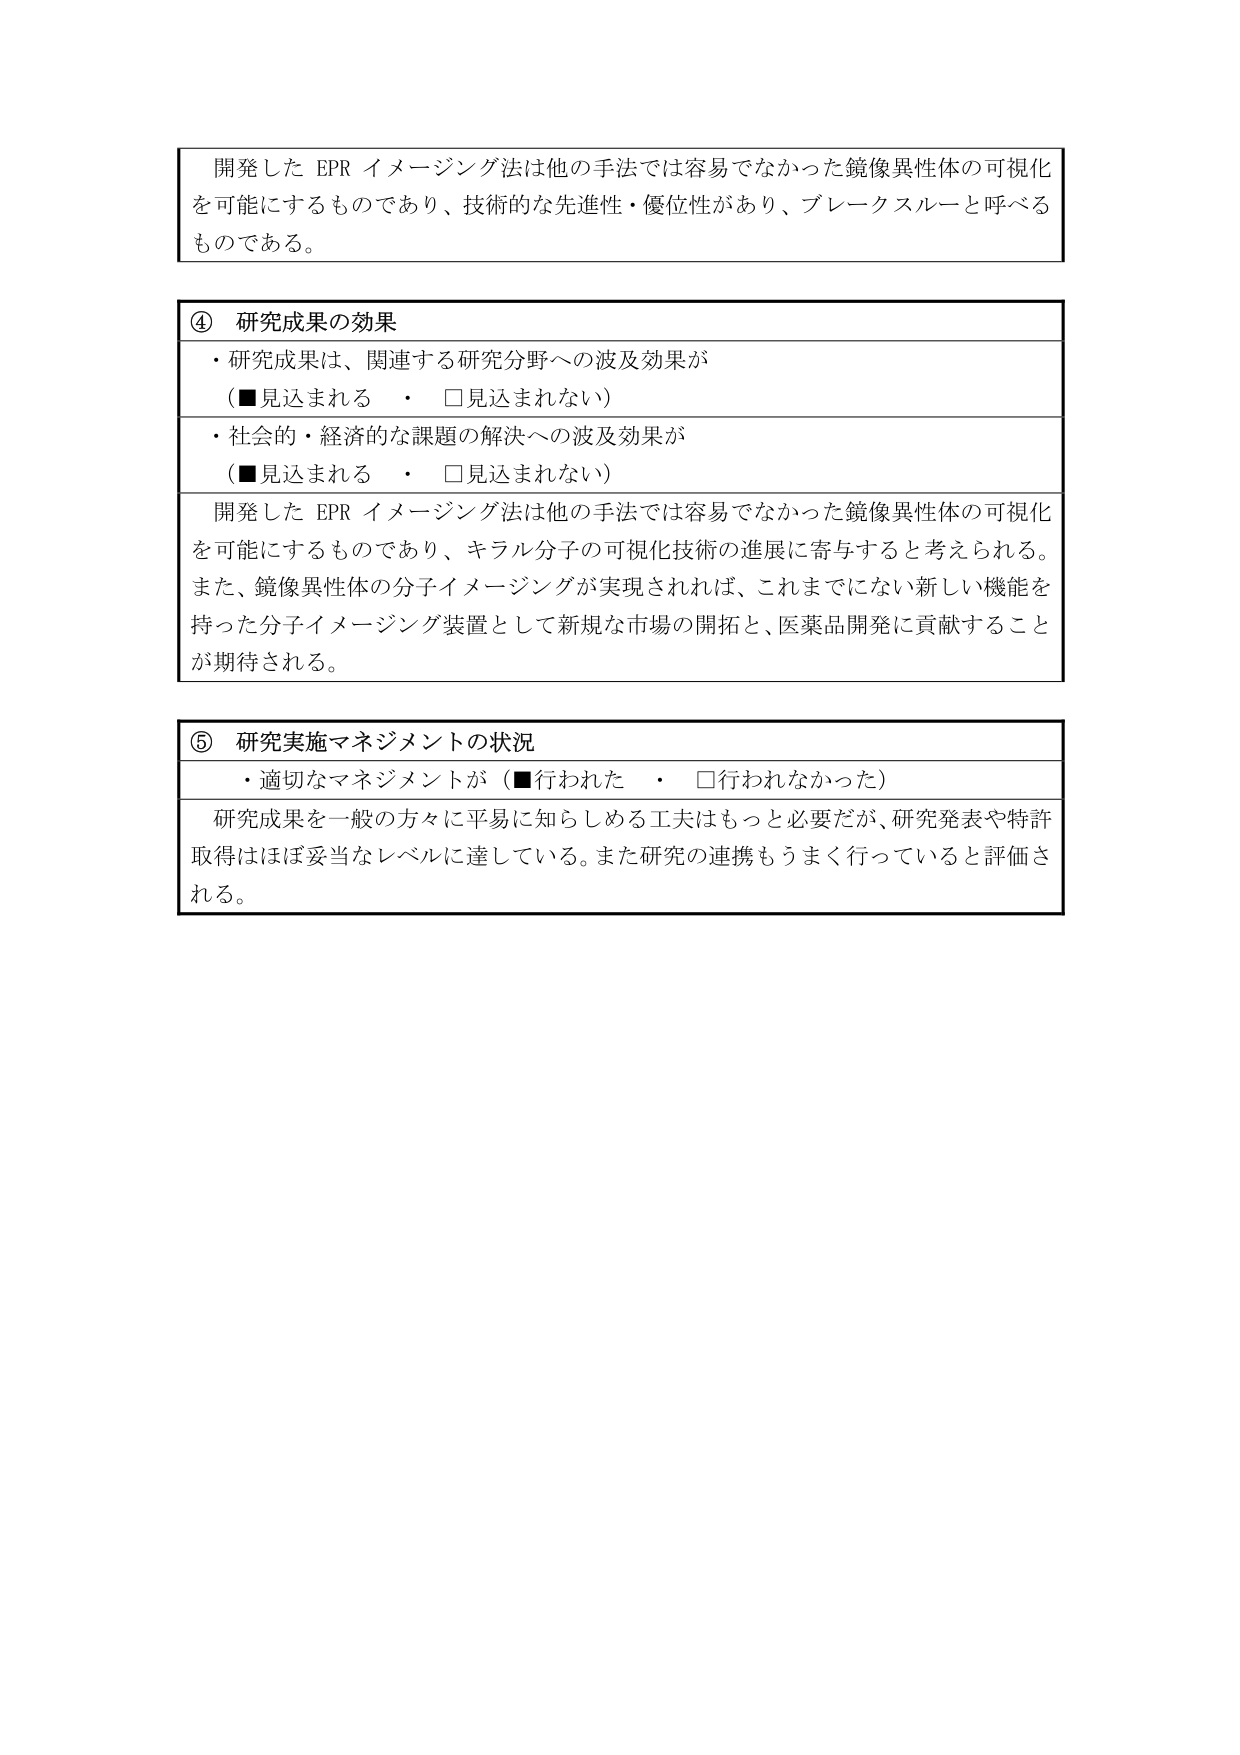
開発した EPR イメージング法は他の手法では容易でなかった鏡像異性体の可視化を可能にするものであり、技術的な先進性・優位性があり、ブレークスルーと呼べるものである。

④ 研究成果の効果
・研究成果は、関連する研究分野への波及効果が（■見込まれる　・　□見込まれない）
・社会的・経済的な課題の解決への波及効果が（■見込まれる　・　□見込まれない）
開発した EPR イメージング法は他の手法では容易でなかった鏡像異性体の可視化を可能にするものであり、キラル分子の可視化技術の進展に寄与すると考えられる。また、鏡像異性体の分子イメージングが実現されれば、これまでにない新しい機能を持った分子イメージング装置として新規な市場の開拓と、医薬品開発に貢献することが期待される。

⑤ 研究実施マネジメントの状況
・適切なマネジメントが（■行われた　・　□行われなかった）
研究成果を一般の方々に平易に知らしめる工夫はもっと必要だが、研究発表や特許取得はほぼ妥当なレベルに達している。また研究の連携もうまく行っていると評価される。